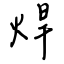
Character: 焊